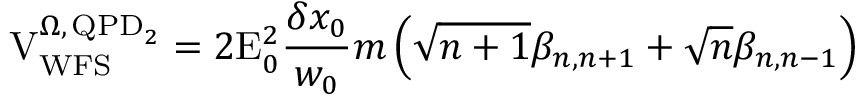
\mathrm { V } _ { \mathrm { W F S } } ^ { \Omega , \, \mathrm { Q P D } _ { 2 } } = 2 \mathrm { E } _ { 0 } ^ { 2 } \frac { \delta x _ { 0 } } { w _ { 0 } } m \left( \sqrt { n + 1 } \beta _ { n , n + 1 } + \sqrt { n } \beta _ { n , n - 1 } \right)